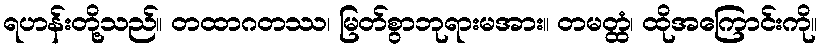
ရဟန်းတို့သည်။ တထာဂတဿ၊ မြတ်စွာဘုရားမအား။ တမတ္ထံ၊ ထိုအကြောင်းကို။